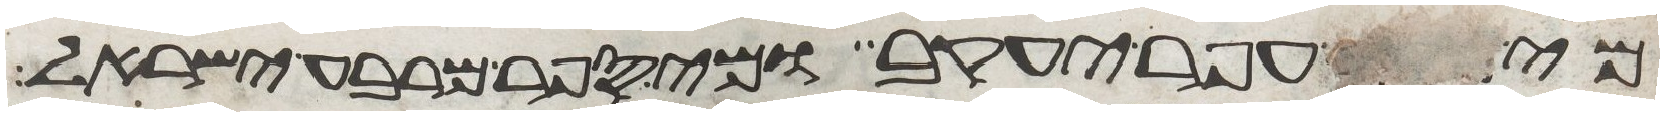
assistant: מנה עפר יעקב ומי ספר מרבע ישראל